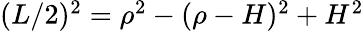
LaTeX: \begin{array}{r}{(L/2)^{2}=\rho^{2}-(\rho-H)^{2}+H^{2}}\end{array}